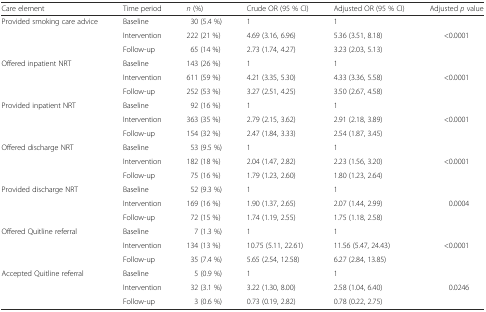
<table><thead><tr><td><b>Care element</b></td><td><b>Time period</b></td><td><b><i>n</i> (%)</b></td><td><b>Crude OR (95 % CI)</b></td><td><b>Adjusted OR (95 % CI)</b></td><td><b>Adjusted <i>p</i> value</b></td></tr></thead><tbody><tr><td>Provided smoking care advice</td><td>Baseline</td><td>30 (5.4 %)</td><td>1</td><td>1</td><td>[EMPTY_CELL]</td></tr><tr><td>[EMPTY_CELL]</td><td>Intervention</td><td>222 (21 %)</td><td>4.69 (3.16, 6.96)</td><td>5.36 (3.51, 8.18)</td><td>&lt;0.0001</td></tr><tr><td>[EMPTY_CELL]</td><td>Follow-up</td><td>65 (14 %)</td><td>2.73 (1.74, 4.27)</td><td>3.23 (2.03, 5.13)</td><td>[EMPTY_CELL]</td></tr><tr><td>Offered inpatient NRT</td><td>Baseline</td><td>143 (26 %)</td><td>1</td><td>1</td><td>[EMPTY_CELL]</td></tr><tr><td>[EMPTY_CELL]</td><td>Intervention</td><td>611 (59 %)</td><td>4.21 (3.35, 5.30)</td><td>4.33 (3.36, 5.58)</td><td>&lt;0.0001</td></tr><tr><td>[EMPTY_CELL]</td><td>Follow-up</td><td>252 (53 %)</td><td>3.27 (2.51, 4.25)</td><td>3.50 (2.67, 4.58)</td><td>[EMPTY_CELL]</td></tr><tr><td>Provided inpatient NRT</td><td>Baseline</td><td>92 (16 %)</td><td>1</td><td>1</td><td>[EMPTY_CELL]</td></tr><tr><td>[EMPTY_CELL]</td><td>Intervention</td><td>363 (35 %)</td><td>2.79 (2.15, 3.62)</td><td>2.91 (2.18, 3.89)</td><td>&lt;0.0001</td></tr><tr><td>[EMPTY_CELL]</td><td>Follow-up</td><td>154 (32 %)</td><td>2.47 (1.84, 3.33)</td><td>2.54 (1.87, 3.45)</td><td>[EMPTY_CELL]</td></tr><tr><td>Offered discharge NRT</td><td>Baseline</td><td>53 (9.5 %)</td><td>1</td><td>1</td><td>[EMPTY_CELL]</td></tr><tr><td>[EMPTY_CELL]</td><td>Intervention</td><td>182 (18 %)</td><td>2.04 (1.47, 2.82)</td><td>2.23 (1.56, 3.20)</td><td>&lt;0.0001</td></tr><tr><td>[EMPTY_CELL]</td><td>Follow-up</td><td>75 (16 %)</td><td>1.79 (1.23, 2.60)</td><td>1.80 (1.23, 2.64)</td><td>[EMPTY_CELL]</td></tr><tr><td>Provided discharge NRT</td><td>Baseline</td><td>52 (9.3 %)</td><td>1</td><td>1</td><td>[EMPTY_CELL]</td></tr><tr><td>[EMPTY_CELL]</td><td>Intervention</td><td>169 (16 %)</td><td>1.90 (1.37, 2.65)</td><td>2.07 (1.44, 2.99)</td><td>0.0004</td></tr><tr><td>[EMPTY_CELL]</td><td>Follow-up</td><td>72 (15 %)</td><td>1.74 (1.19, 2.55)</td><td>1.75 (1.18, 2.58)</td><td>[EMPTY_CELL]</td></tr><tr><td>Offered Quitline referral</td><td>Baseline</td><td>7 (1.3 %)</td><td>1</td><td>1</td><td>[EMPTY_CELL]</td></tr><tr><td>[EMPTY_CELL]</td><td>Intervention</td><td>134 (13 %)</td><td>10.75 (5.11, 22.61)</td><td>11.56 (5.47, 24.43)</td><td>&lt;0.0001</td></tr><tr><td>[EMPTY_CELL]</td><td>Follow-up</td><td>35 (7.4 %)</td><td>5.65 (2.54, 12.58)</td><td>6.27 (2.84, 13.85)</td><td>[EMPTY_CELL]</td></tr><tr><td>Accepted Quitline referral</td><td>Baseline</td><td>5 (0.9 %)</td><td>1</td><td>1</td><td>[EMPTY_CELL]</td></tr><tr><td>[EMPTY_CELL]</td><td>Intervention</td><td>32 (3.1 %)</td><td>3.22 (1.30, 8.00)</td><td>2.58 (1.04, 6.40)</td><td>0.0246</td></tr><tr><td>[EMPTY_CELL]</td><td>Follow-up</td><td>3 (0.6 %)</td><td>0.73 (0.19, 2.82)</td><td>0.78 (0.22, 2.75)</td><td>[EMPTY_CELL]</td></tr></tbody></table>